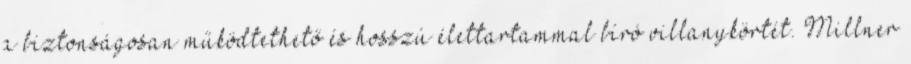
a biztonságosan működtethető és hosszú élettartammal bíró villanykörtét. Millner